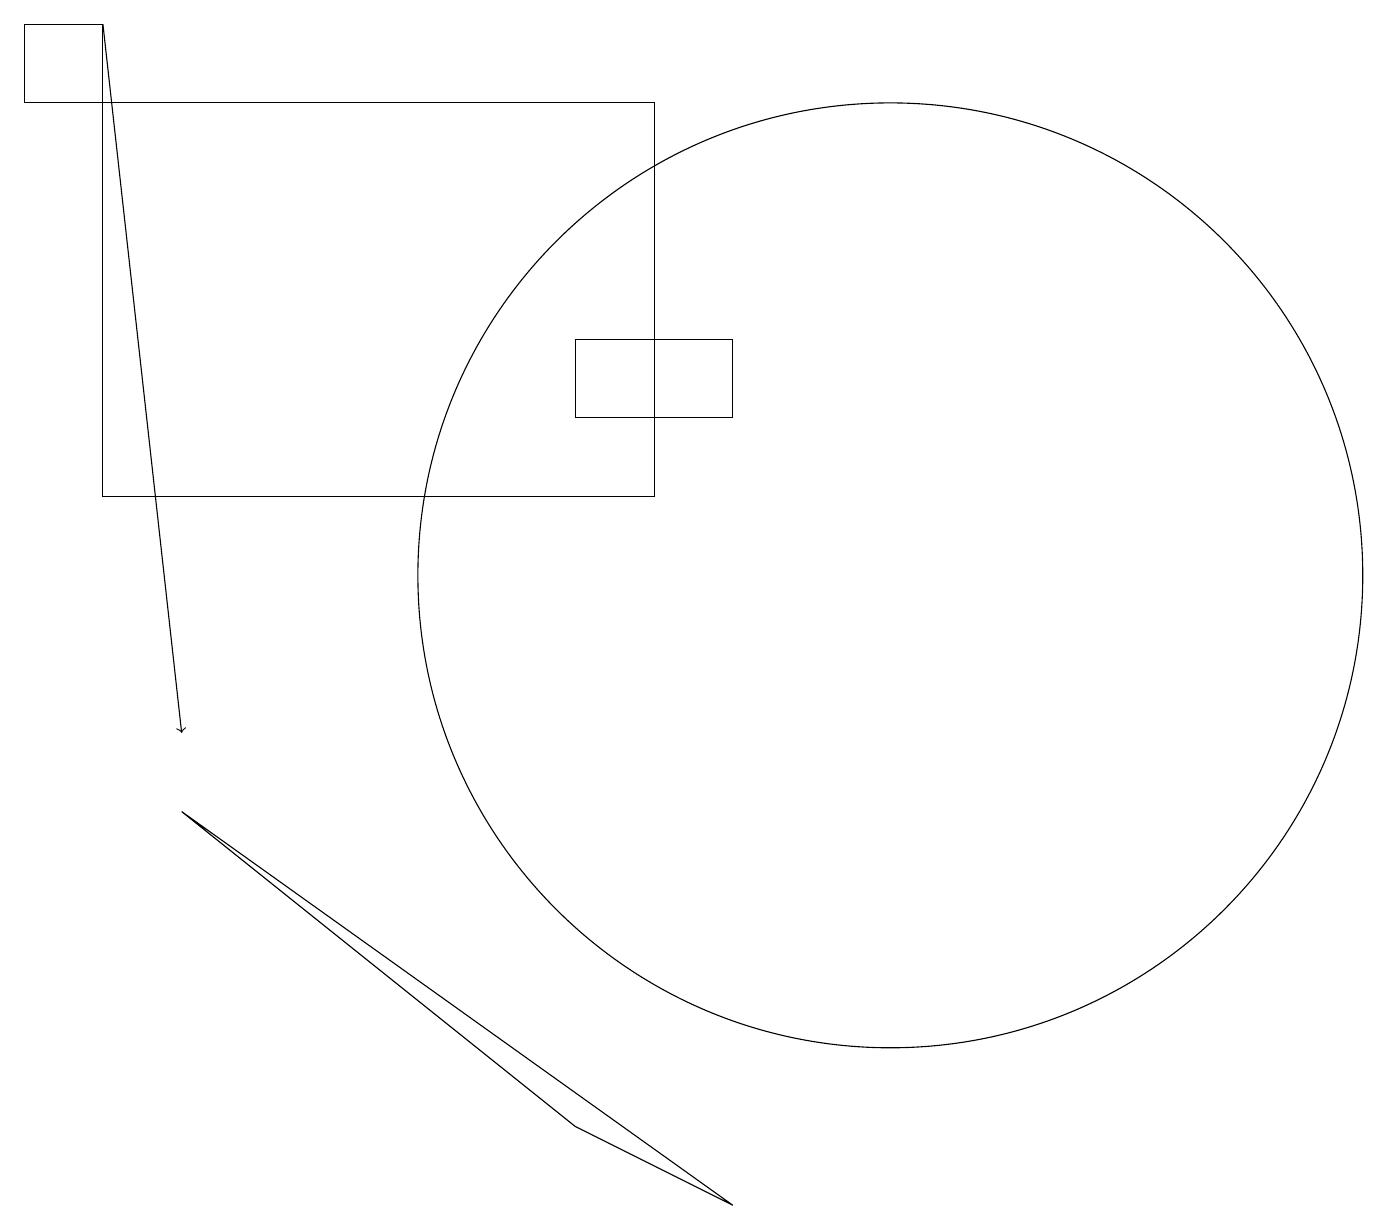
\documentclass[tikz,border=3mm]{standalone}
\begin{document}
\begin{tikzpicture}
\draw (1,18) rectangle (0,19);
\draw (2,9) -- (7,5) -- (9,4) -- cycle;
\draw (7,14) rectangle (9,15);
\draw (11,12) circle (6);
\draw[->] (1,19) -- (2,10);
\draw (1,18) rectangle (8,13);
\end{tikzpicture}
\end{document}